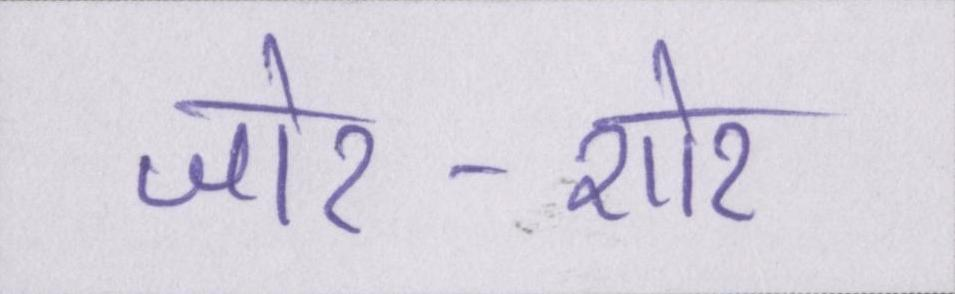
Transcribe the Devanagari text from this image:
जोर-शोर